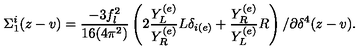
\Sigma _ { 1 } ^ { i } ( z - v ) = \frac { - 3 f _ { l } ^ { 2 } } { 1 6 ( 4 \pi ^ { 2 } ) } \left( 2 \frac { Y _ { L } ^ { ( e ) } } { Y _ { R } ^ { ( e ) } } L \delta _ { i ( e ) } + \frac { Y _ { R } ^ { ( e ) } } { Y _ { L } ^ { ( e ) } } R \right) / \partial \delta ^ { 4 } ( z - v ) .